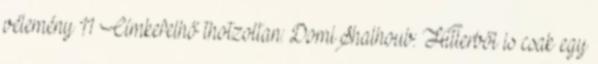
vélemény 11 Címkefelhő thotzoltan: DomiShalhoub: Hitlerből is csak egy